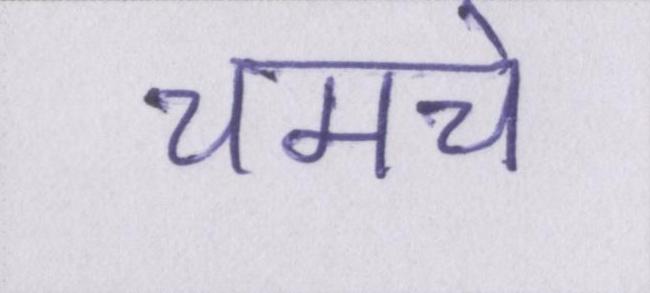
चमचे